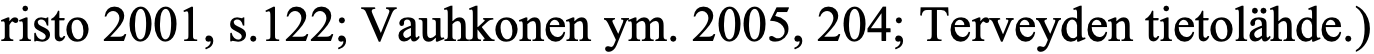
risto 2001, s.122; Vauhkonen ym. 2005, 204; Terveyden tietolähde.)